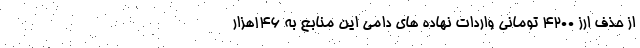
از حذف ارز ۴۲۰۰ تومانی واردات نهاده های دامی این منابع به ۱۴۶هزار